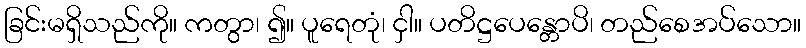
ခြင်းမရှိသည်ကို။ ကတွာ၊ ၍။ ပူရေတုံ၊ ငှါ။ ပတိဋ္ဌပေန္တောပိ၊ တည်စေအပ်သော။